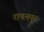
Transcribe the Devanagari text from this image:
राचनपुर